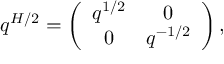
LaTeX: q ^ { H / 2 } = \left( \begin{array} { c c } { { q ^ { 1 / 2 } } } & { { 0 } } \\ { { 0 } } & { { q ^ { - 1 / 2 } } } \end{array} \right) ,